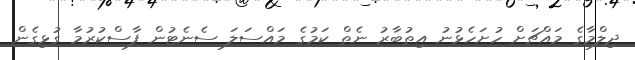
ދިލްމާގެ މައްޗަށް ހުށަހެޅުނު އިތުބާރު ނެތް ކަމުގެ މައްސަލަ ސެނެޓުން ފާސްކުރުމާ ގުޅިގެން